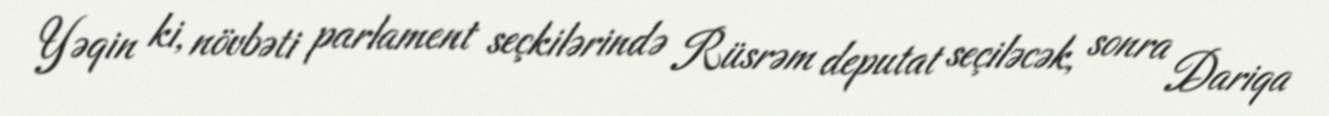
Yəqin ki, növbəti parlament seçkilərində Rüsrəm deputat seçiləcək, sonra Dariqa